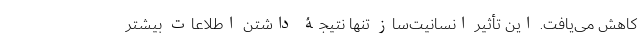
کاهش می‌یافت. این تأثیر انسانیت‌ساز تنها نتیجۀ داشتن اطلاعات بیشتر